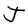
Character: J